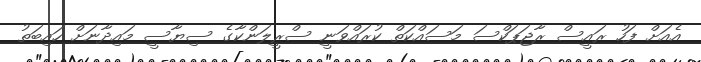
އެއަށް ފަހު ރައީސް ރާޖަޕަކްސަ މަސައްކަތް ކުރައްވަނީ ސްރީލަންކާގެ ސިޔާސީ މައިދާނަށް ހައިބަތު